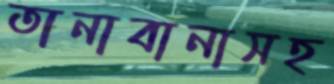
তানাবানাসহ